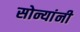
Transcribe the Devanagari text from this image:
सोन्यांनी